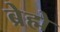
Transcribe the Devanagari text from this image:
ब्रेह्मे